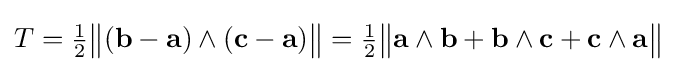
T={\tfrac {1}{2}}{\bigl \|}(\mathbf {b} -\mathbf {a} )\wedge (\mathbf {c} -\mathbf {a} ){\bigr \|}={\tfrac {1}{2}}{\bigl \|}\mathbf {a} \wedge \mathbf {b} +\mathbf {b} \wedge \mathbf {c} +\mathbf {c} \wedge \mathbf {a} {\bigr \|}